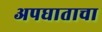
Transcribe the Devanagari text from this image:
अपघाताचा